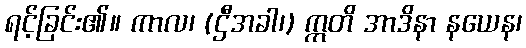
ရင့်ခြင်း၏။ ကာလ၊ (ဌီအခါ၊) ဣတိ အာဒိနာ နယေန၊